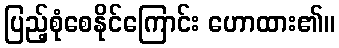
ပြည့်စုံစေနိုင်ကြောင်း ဟောထား၏။